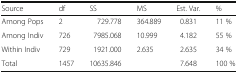
<table><thead><tr><td><b>Source</b></td><td><b>df</b></td><td><b>SS</b></td><td><b>MS</b></td><td><b>Est. Var.</b></td><td><b>%</b></td></tr></thead><tbody><tr><td>Among Pops</td><td>2</td><td>729.778</td><td>364.889</td><td>0.831</td><td>11 %</td></tr><tr><td>Among Indiv</td><td>726</td><td>7985.068</td><td>10.999</td><td>4.182</td><td>55 %</td></tr><tr><td>Within Indiv</td><td>729</td><td>1921.000</td><td>2.635</td><td>2.635</td><td>34 %</td></tr><tr><td>Total</td><td>1457</td><td>10635.846</td><td></td><td>7.648</td><td>100 %</td></tr></tbody></table>